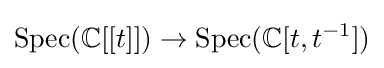
{\text{Spec}}(\mathbb {C} [[t]])\to {\text{Spec}}(\mathbb {C} [t,t^{-1}])